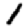
Digit: 1